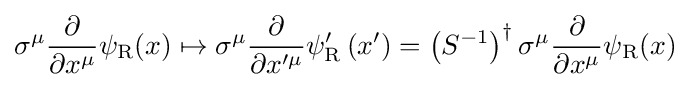
\sigma ^{\mu }{\frac {\partial }{\partial x^{\mu }}}\psi _{\rm {R}}(x)\mapsto \sigma ^{\mu }{\frac {\partial }{\partial x^{\prime \mu }}}\psi _{\rm {R}}^{\prime }\left(x^{\prime }\right)=\left(S^{-1}\right)^{\dagger }\sigma ^{\mu }{\frac {\partial }{\partial x^{\mu }}}\psi _{\rm {R}}(x)